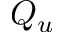
Q _ { u }